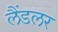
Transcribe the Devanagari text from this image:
लैंडलर